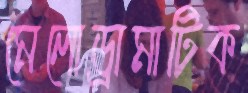
মেলোড্রামাটিক